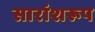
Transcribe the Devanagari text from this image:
सारांशरूप